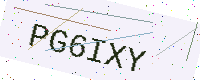
Text: PG6IXY